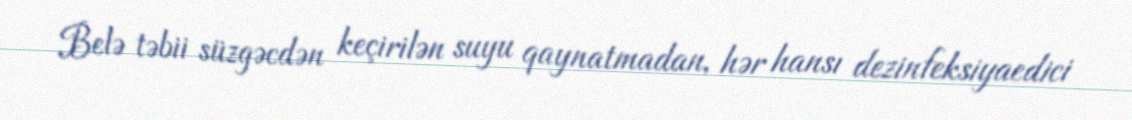
Belə təbii süzgəcdən keçirilən suyu qaynatmadan, hər hansı dezinfeksiyaedici